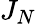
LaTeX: J_{N}